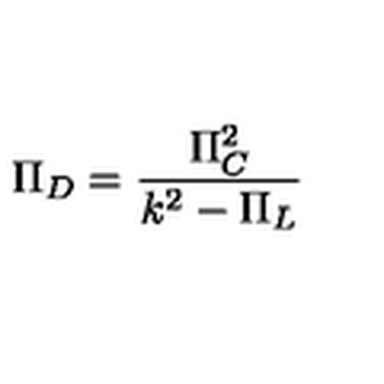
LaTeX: \Pi _ { D } = { \frac { \Pi _ { C } ^ { 2 } } { k ^ { 2 } - \Pi _ { L } } }